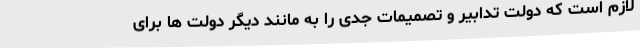
لازم است که دولت تدابیر و تصمیمات جدی را به مانند دیگر دولت ها برای